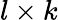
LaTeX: l\times k